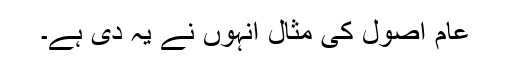
عام اصول کی مثال انہوں نے یہ دی ہے۔